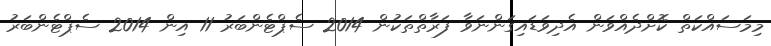
މިމަސައްކަތް ކޮށްދެއްވަން އެދިވަޑައިގަންނަވާ ފަރާތްތަކުން 2014 ސެޕްޓެންބަރު 11 އިން 2014 ސެޕްޓެންބަރު